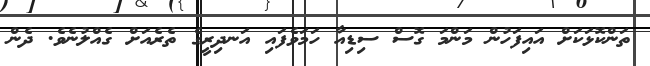
ތަންކޮޅަކަށް އައިފަހުން މަންމަ ގޮސް ސިޑިއާ ހަމަވެފައި އަނދިރީގެ ތެރެއަށް ގެއްލުނެވެ. ދެން